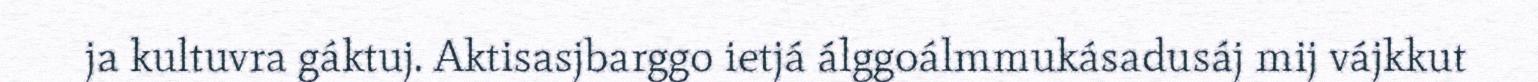
ja kultuvra gáktuj. Aktisasjbarggo ietjá álggoálmmukásadusáj mij vájkkut